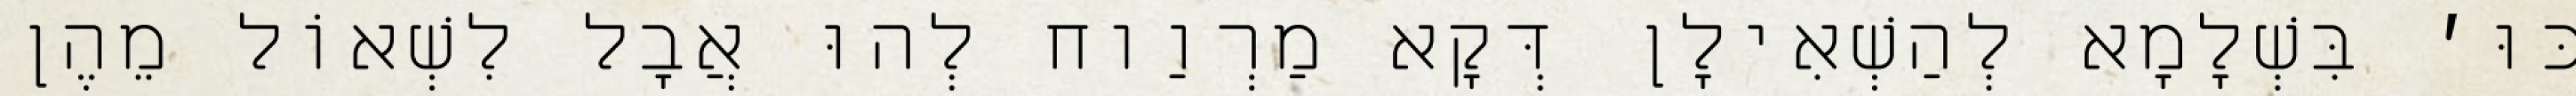
כּוּ׳ בִּשְׁלָמָא לְהַשְׁאִילָן דְּקָא מַרְוַוח לְהוּ אֲבָל לִשְׁאוֹל מֵהֶן